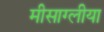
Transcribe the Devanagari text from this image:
मीसाग्लीया